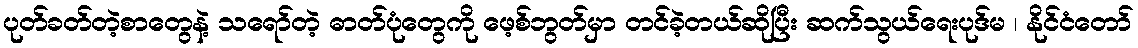
ပုတ်ခတ်တဲ့စာတွေနဲ့ သရော်တဲ့ ဓာတ်ပုံတွေကို ဖေ့စ်ဘွတ်မှာ တင်ခဲ့တယ်ဆိုပြီး ဆက်သွယ်ရေးပုဒ်မ ၊ နိုင်ငံတော်